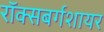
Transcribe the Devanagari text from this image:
रॉक्सबर्गशायर